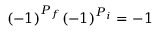
( - 1 ) ^ { P _ { f } } ( - 1 ) ^ { P _ { i } } = - 1